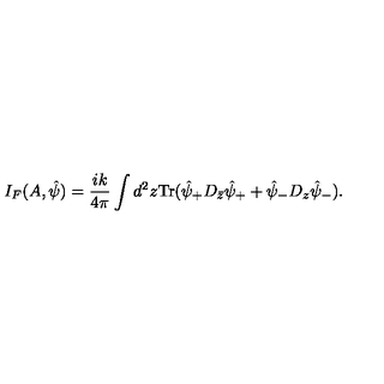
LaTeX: I _ { F } ( A , { \hat { \psi } } ) = \frac { i k } { 4 \pi } \int d ^ { 2 } z \mathrm { T r } ( { \hat { \psi } } _ { + } D _ { \bar { z } } { \hat { \psi } } _ { + } + { \hat { \psi } } _ { - } D _ { z } { \hat { \psi } } _ { - } ) .